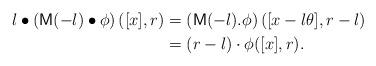
LaTeX: \begin{align*}l\bullet\left( \mathsf{M} (-l)\bullet\phi \right) ([x],r)&=\left( \mathsf{M} (-l).\phi \right) \left([ x - l \theta],r - l \right)\\&=\left(r - l\right) \cdot \phi ([x],r).\end{align*}